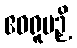
ဧဝရူပဉှိ